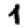
Digit: 4